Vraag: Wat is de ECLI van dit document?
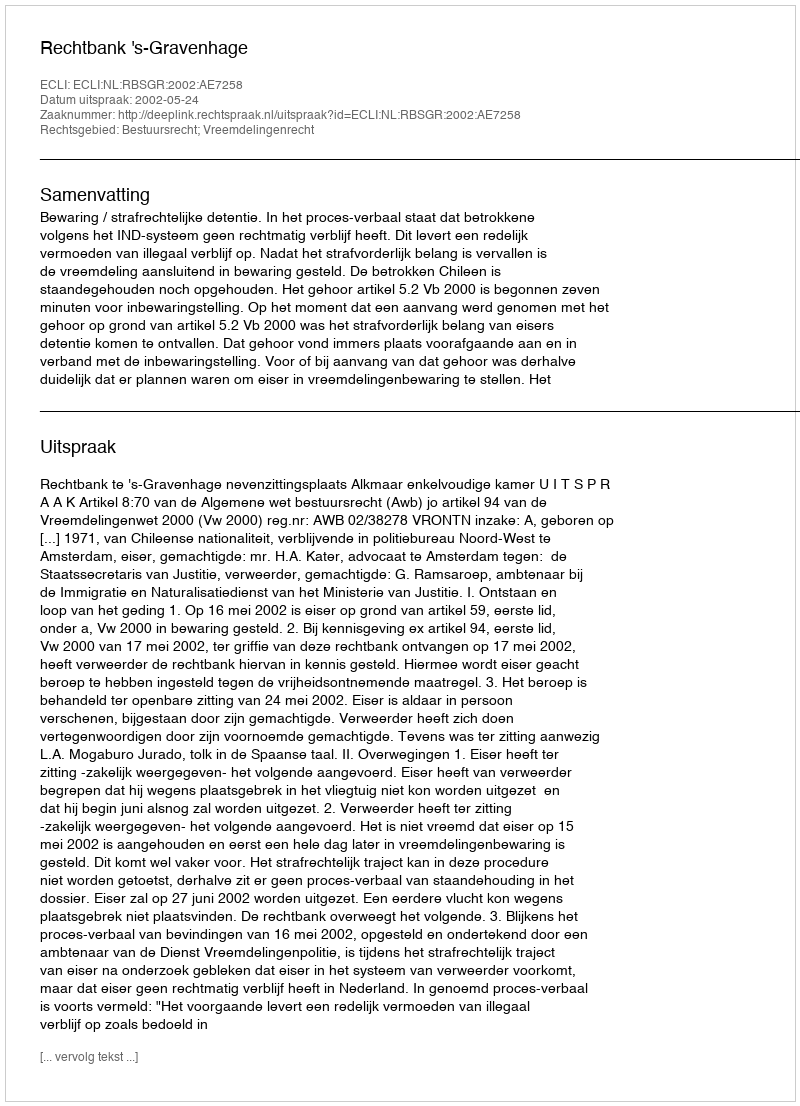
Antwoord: ECLI:NL:RBSGR:2002:AE7258